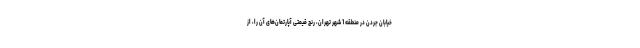
خیابان جردن در منطقه 1 شهر تهران، رنج قیمتی آپارتمان‌های آن را، از